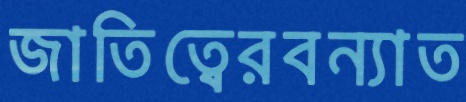
জাতিত্বেরবন্যাত